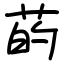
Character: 菂